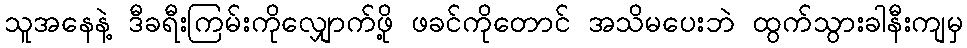
သူအနေနဲ့ ဒီခရီးကြမ်းကိုလျှောက်ဖို့ ဖခင်ကိုတောင် အသိမပေးဘဲ ထွက်သွားခါနီးကျမှ